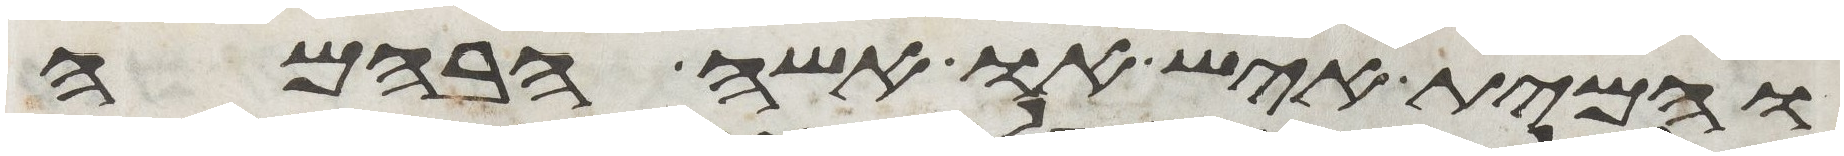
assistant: והמית איש או אשה הבהמה